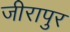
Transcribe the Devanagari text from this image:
जीरापुर